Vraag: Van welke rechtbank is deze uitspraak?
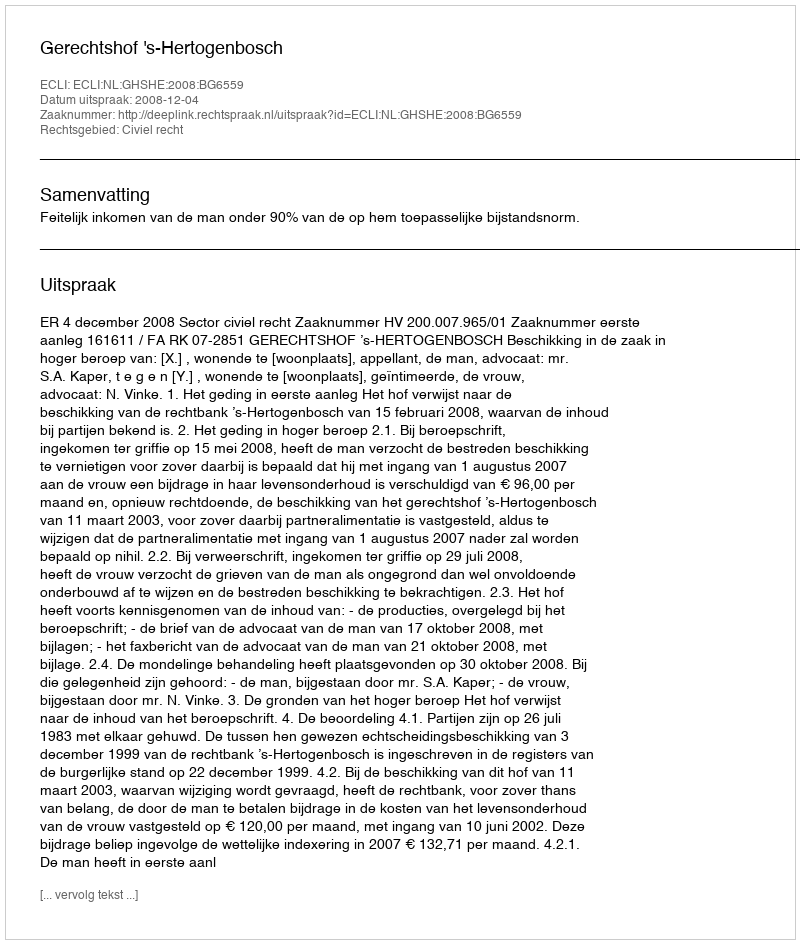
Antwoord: Gerechtshof 's-Hertogenbosch